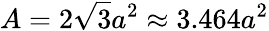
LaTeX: A=2{\sqrt{3}}a^{2}\approx 3.464a^{2}